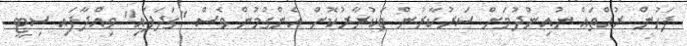
ފަހުން ރުއްތައް ނުއިންދުމަށް ސަރުކާރުން ތަކުރާރުކޮށް އެންގުމުން ވެސް "ގަދަފައި" ވިއްދާފައި ސިޓީ